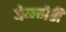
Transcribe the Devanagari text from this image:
बेळगेरी